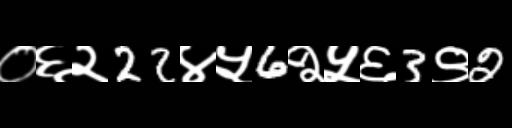
Text: ०६२22४५6२५६3९2